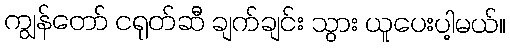
ကျွန်တော် ငရုတ်ဆီ ချက်ချင်း သွား ယူပေးပါ့မယ်။